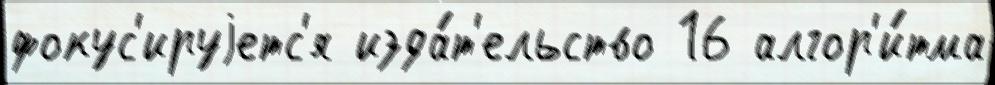
фокус'ируjетс'я изда́т'ельство 16 алгор'и́тма